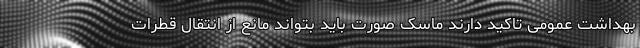
بهداشت عمومی تاکید دارند ماسک صورت باید بتواند مانع از انتقال قطرات